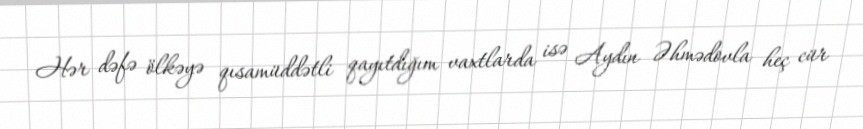
Hər dəfə ölkəyə qısamüddətli qayıtdığım vaxtlarda isə Aydın Əhmədovla heç cür